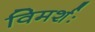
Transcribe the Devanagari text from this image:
विमर्शः